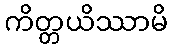
ကိတ္တယိဿာမိ